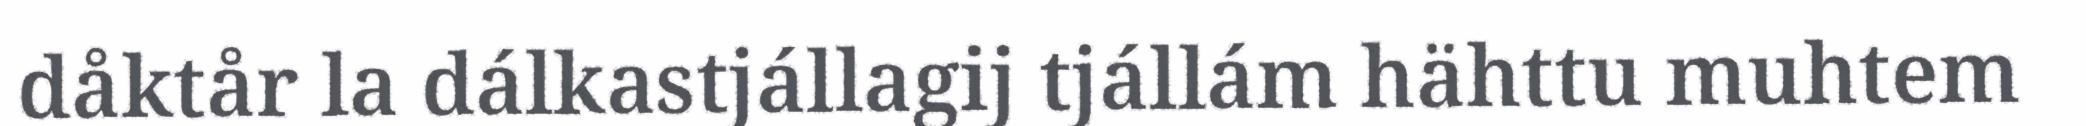
dåktår la dálkastjállagij tjállám hähttu muhtem